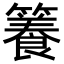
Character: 𥶑